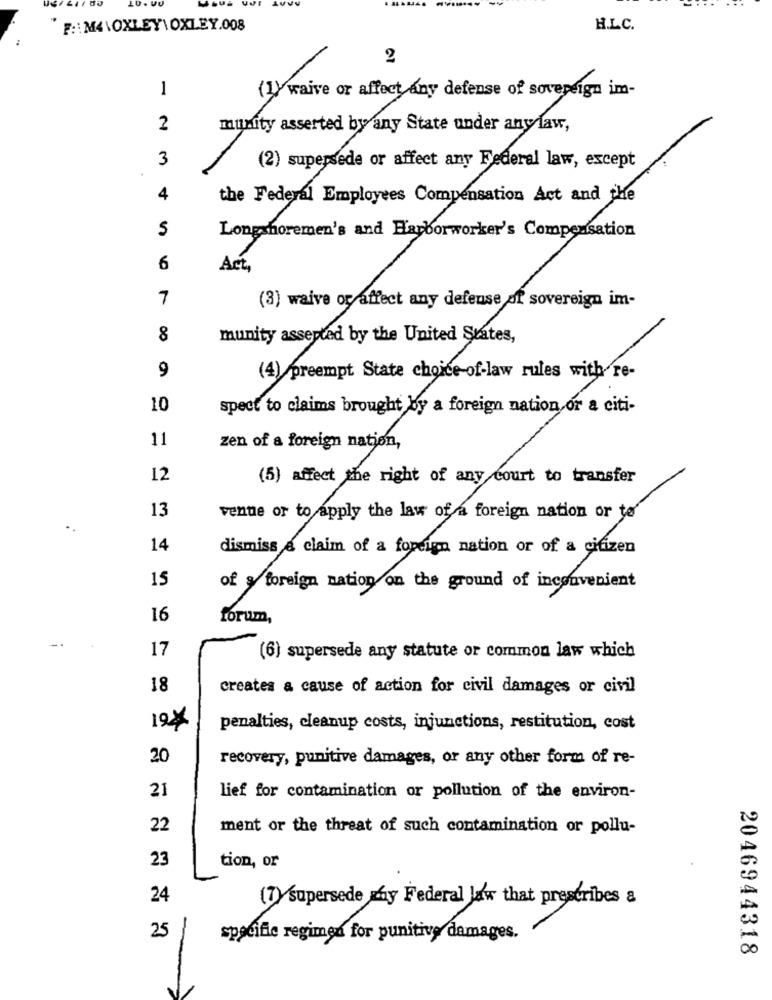
F :: M4\OXLEY\OXLEY.008
H.L.C.
2
1
(1) waive or affect any defense of sovereign im-
2
munity asserted by any State under any law,
3
(2) supersede or affect any Federal law, except
4
the Federal Employees Compensation Act and the
5
Longshoremen's and Harborworker's Compensation
6
Act,
7
(3) waive or affect any defense of sovereign im-
8
munity asserted by the United States,
9
(4) preempt State choice of-law rules with re-
10
spect to claims brought by a foreign nation or a citi-
11
zen of a foreign nation,
12
(5) affect the right of any court to transfer
13
venue or to apply the law of a foreign nation or to
.
14
dismiss a claim of a foreign nation or of a citizen
15
of y foreign nation on the ground of inconvenient
16
forum,
17
(6) supersede any statute or common law which
18
creates a cause of action for civil damages or civil
19
penalties, cleanup costs, injunctions, restitution, cost
20
recovery, punitive damages, or any other form of re-
21
lief for contamination or pollution of the environ-
22
ment or the threat of such contamination or pollu-
23
tion, or
24
(T) supersede my Federal law that prescribes &
25
spacifile regimen for punitive damages.
2046944318